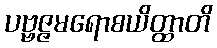
ပဗ္ဗဇ္ဇမရောစယိတ္ထာတိ